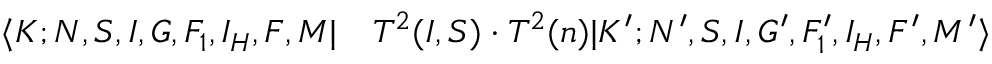
\begin{array} { r l } { \langle K ; N , S , I , G , F _ { 1 } , I _ { H } , F , M | } & { { } T ^ { 2 } ( I , S ) \cdot T ^ { 2 } ( n ) | K ^ { \prime } ; N ^ { \prime } , S , I , G ^ { \prime } , F _ { 1 } ^ { \prime } , I _ { H } , F ^ { \prime } , M ^ { \prime } \rangle } \end{array}